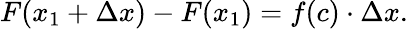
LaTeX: F(x_{1}+\Delta x)-F(x_{1})=f(c)\cdot\Delta x.